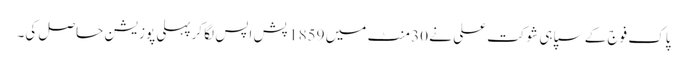
پاک فوج کے سپاہی شوکت علی نے 30 منٹ میں 1859 پش اپس لگا کرپہلی پوزیشن حاصل کی۔